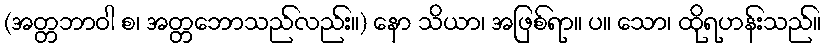
(အတ္တဘာဝါ စ၊ အတ္တဘောသည်လည်း။) နော သိယာ၊ အဖြစ်ရာ။ ပ။ သော၊ ထိုရဟန်းသည်။